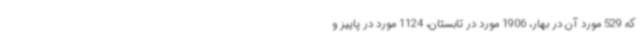
که 529 مورد آن در بهار، 1906 مورد در تابستان، 1124 مورد در پاییز و